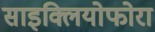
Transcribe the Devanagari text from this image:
साइक्लियोफोरा